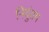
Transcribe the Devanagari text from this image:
नियुंतम